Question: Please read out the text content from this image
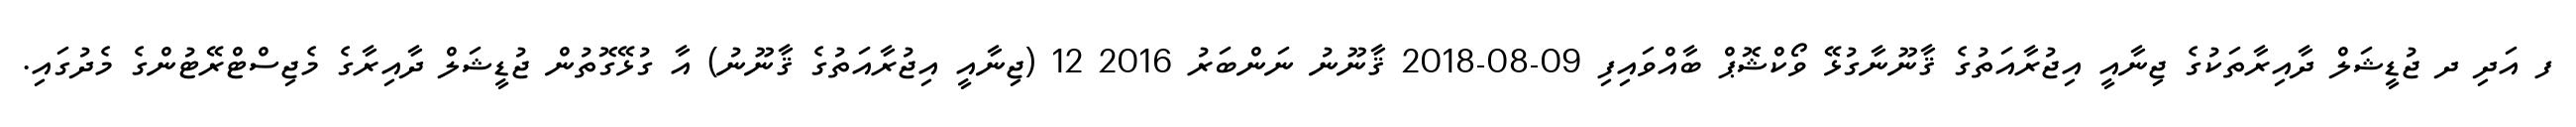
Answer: ފ އަދި ދ ޖުޑީޝަލް ދާއިރާތަކުގެ ޖިނާއީ އިޖުރާއަތުގެ ޤާނޫނާގުޅޭ ވޯކްޝޮޕް ބާއްވައިފި 09-08-2018 ޤާނޫނު ނަންބަރު 2016 12 (ޖިނާއީ އިޖުރާއަތުގެ ޤާނޫނު) އާ ގުޅޭގޮތުން ޖުޑީޝަލް ދާއިރާގެ މެޖިސްޓްރޭޓުންގެ މެދުގައި.